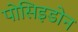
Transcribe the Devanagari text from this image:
पोसिइडोन